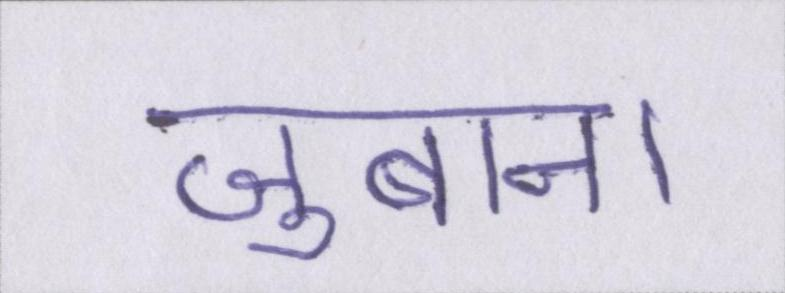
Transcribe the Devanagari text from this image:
जुबान।